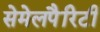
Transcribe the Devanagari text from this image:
सेमेलपैरिटी